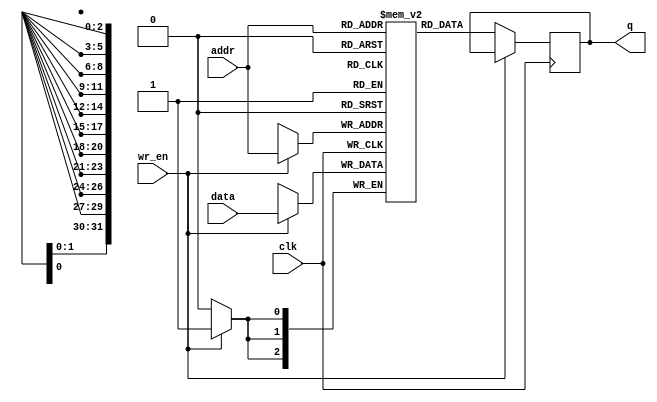
module ram_sp (
    clk,
    wr_en,
    addr,    
    data,
    q
);
    function integer log2;
        input [31:0] value;
        for (log2=0; value>0; log2=log2+1)
        value = value>>1;
    endfunction
    
    parameter WIDTH = -1;
    parameter DEPTH = -1;
    
    localparam ADDR_WIDTH = log2(DEPTH-1);

    input                       clk;
    input     [ADDR_WIDTH-1:0]  addr;
    input     [WIDTH-1:0]       data;
    input                       wr_en;    
    output reg[WIDTH-1:0]       q;

    reg       [WIDTH-1:0]       RAM [DEPTH-1:0];
    
    always @ (posedge clk) begin
        if (wr_en)
            RAM[addr] <= data;
        else 
            q <= RAM[addr];
    end
    
endmodule

module ram_dp (
    clk,
    wr_en_a,
    wr_en_b,
    addr_a,
    data_a,
    addr_b,
    data_b,
    q_a,
    q_b
);
    function integer log2;
        input [31:0] value;
        for (log2=0; value>0; log2=log2+1)
        value = value>>1;
    endfunction
    
    parameter WIDTH = -1;
    parameter DEPTH = -1;
    
    localparam ADDR_WIDTH = log2(DEPTH-1);

    input                       clk;
    input   [ADDR_WIDTH-1:0]    addr_a;
    input   [ADDR_WIDTH-1:0]    addr_b;
    input   [WIDTH-1:0]         data_a;
    input   [WIDTH-1:0]         data_b;
    input                       wr_en_a;
    input                       wr_en_b;
    output reg [WIDTH-1:0]         q_a;
    output reg [WIDTH-1:0]         q_b;
    
    reg       [WIDTH-1:0]       RAM [DEPTH-1:0];

    always @ (posedge clk) begin
        if (wr_en_a)
            RAM[addr_a] <= data_a;
        else 
            q_a <= RAM[addr_a];

        if (wr_en_b)
            RAM[addr_b] <= data_b;
        else
            q_b <= RAM[addr_b];        
    end
endmodule